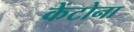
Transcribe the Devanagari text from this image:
केंटोना